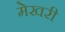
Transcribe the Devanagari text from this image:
मेखरी